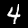
Digit: 4